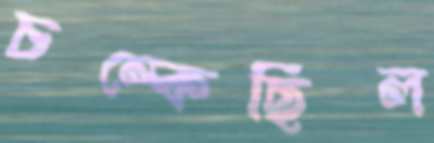
চম্‌কেছিল